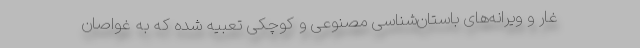
غار و ویرانه‌های باستان‌شناسی مصنوعی و کوچکی تعبیه شده که به غواصان